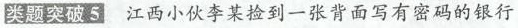
类题突破5 江西小伙李某捡到一张背面写有密码的银行